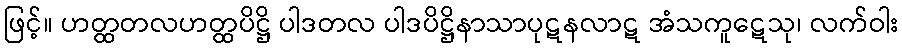
ဖြင့်။ ဟတ္ထတလဟတ္ထပိဋ္ဌိ ပါဒတလ ပါဒပိဋ္ဌိနာသာပုဋနလာဋ အံသကူဋေသု၊ လက်ဝါး